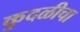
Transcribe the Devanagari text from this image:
कुदळीचा